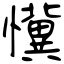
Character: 懻